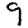
Digit: 9